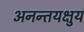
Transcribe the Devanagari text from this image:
अनन्तयक्षुय